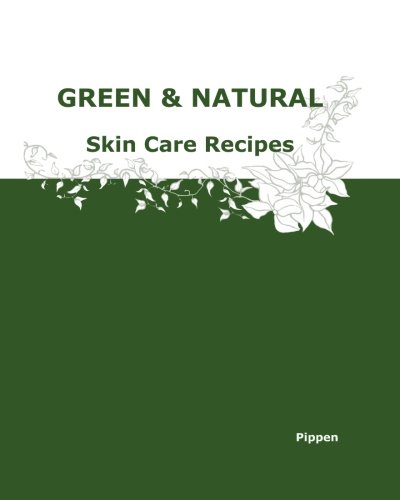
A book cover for Green & Natural Skin Care Recipes; Pippen; Health, Fitness & Dieting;